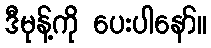
ဒီမုန့်ကို ပေးပါနော်။